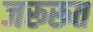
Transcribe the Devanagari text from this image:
जरूरूत